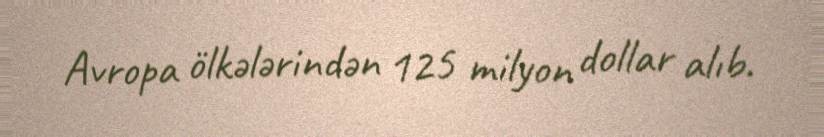
Avropa ölkələrindən 125 milyon dollar alıb.